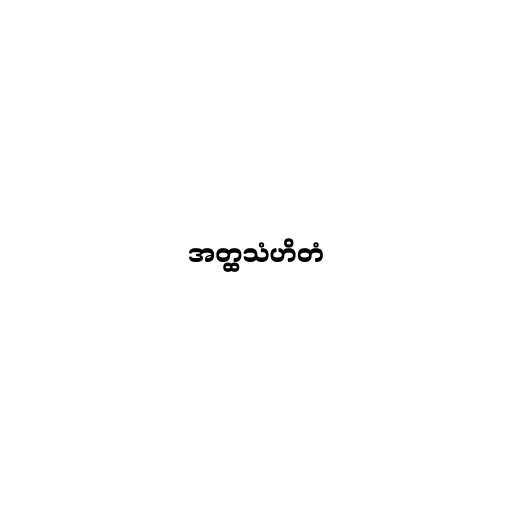
အတ္ထသံဟိတံ